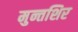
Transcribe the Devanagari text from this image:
मुन्तशिर